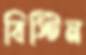
বিস্টিন